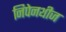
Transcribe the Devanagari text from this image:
निपेनथीज